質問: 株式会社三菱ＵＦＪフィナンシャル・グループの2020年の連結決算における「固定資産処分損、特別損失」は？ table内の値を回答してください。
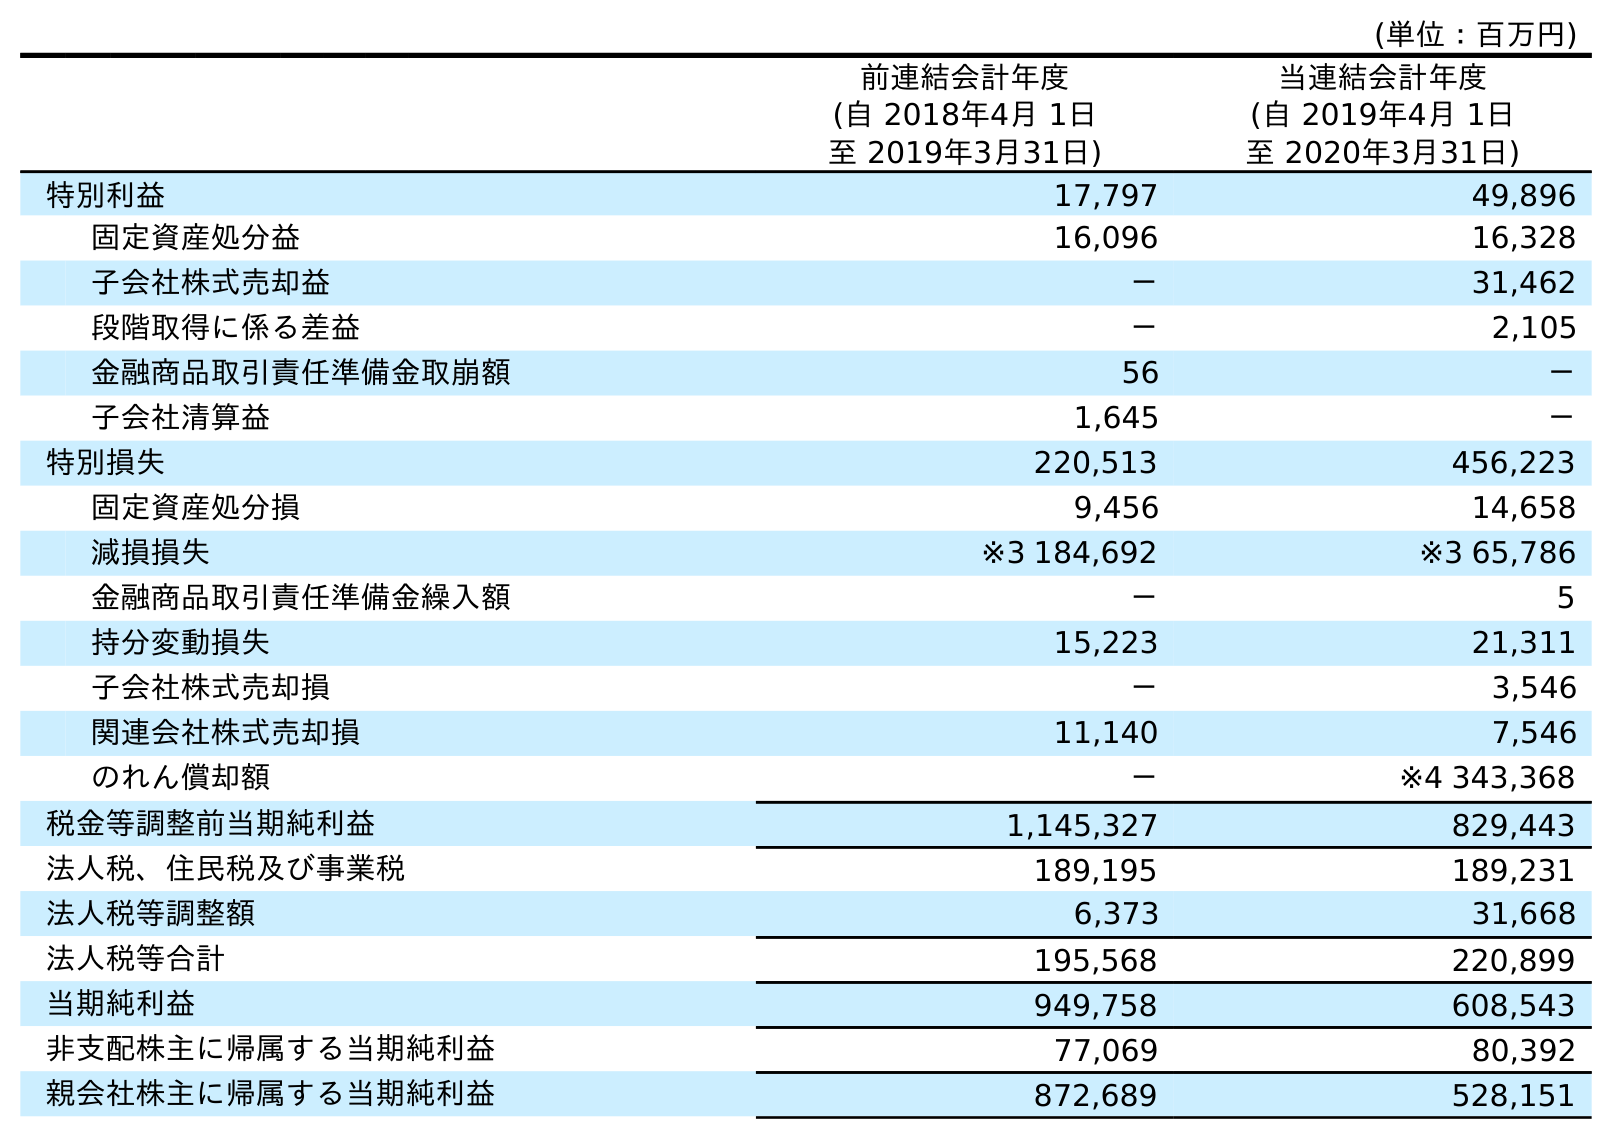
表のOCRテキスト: (単位：百万円) 前連結会計年度 (自 2018年4月 1日 至 2019年3月31日) 当連結会計年度 (自 2019年4月 1日 至 2020年3月31日) 特別利益 17,797 49,896 固定資産処分益 16,096 16,328 子会社株式売却益 － 31,462 段階取得に係る差益 － 2,105 金融商品取引責任準備金取崩額 56 － 子会社清算益 1,645 － 特別損失 220,513 456,223 固定資産処分損 9,456 14,658 減損損失 ※3 184,692 ※3 65,786 金融商品取引責任準備金繰入額 － 5 持分変動損失 15,223 21,311 子会社株式売却損 － 3,546 関連会社株式売却損 11,140 7,546 のれん償却額 － ※4 343,368 税金等調整前当期純利益 1,145,327 829,443 法人税、住民税及び事業税 189,195 189,231 法人税等調整額 6,373 31,668 法人税等合計 195,568 220,899 当期純利益 949,758 608,543 非支配株主に帰属する当期純利益 77,069 80,392 親会社株主に帰属する当期純利益 872,689 528,151
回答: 14,658